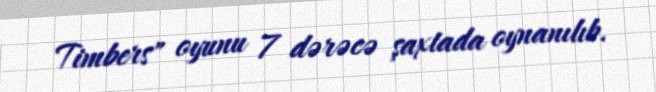
Timbers" oyunu 7 dərəcə şaxtada oynanılıb.